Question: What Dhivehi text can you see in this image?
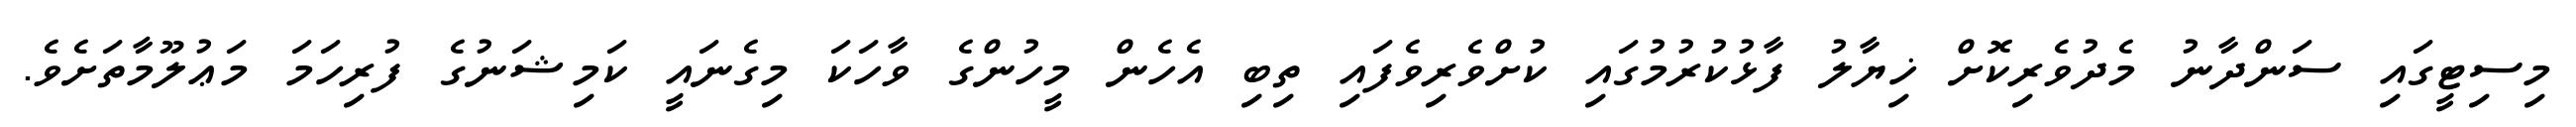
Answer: މިސިޓީގައި ސަންދާނު މެދުވެރިކޮށް ޚިޔާލު ފާޅުކުރުމުގައި ކުށްވެރިވެފައި ތިބި އެހެން މީހުންގެ ވާހަކަ މިގެނައީ ކަމިޝަނުގެ ފުރިހަމަ މަޢުލޫމާތަށެވެ.